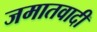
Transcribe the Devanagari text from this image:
जमातवादी